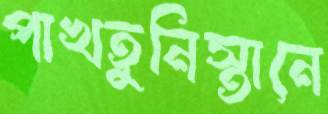
পাখতুনিস্তানে